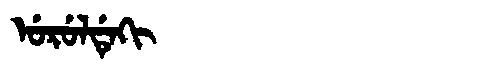
Manchu: ᡠᡵᡠᠯᡩᡝᡴᡳ
Romanization: URULDEKI